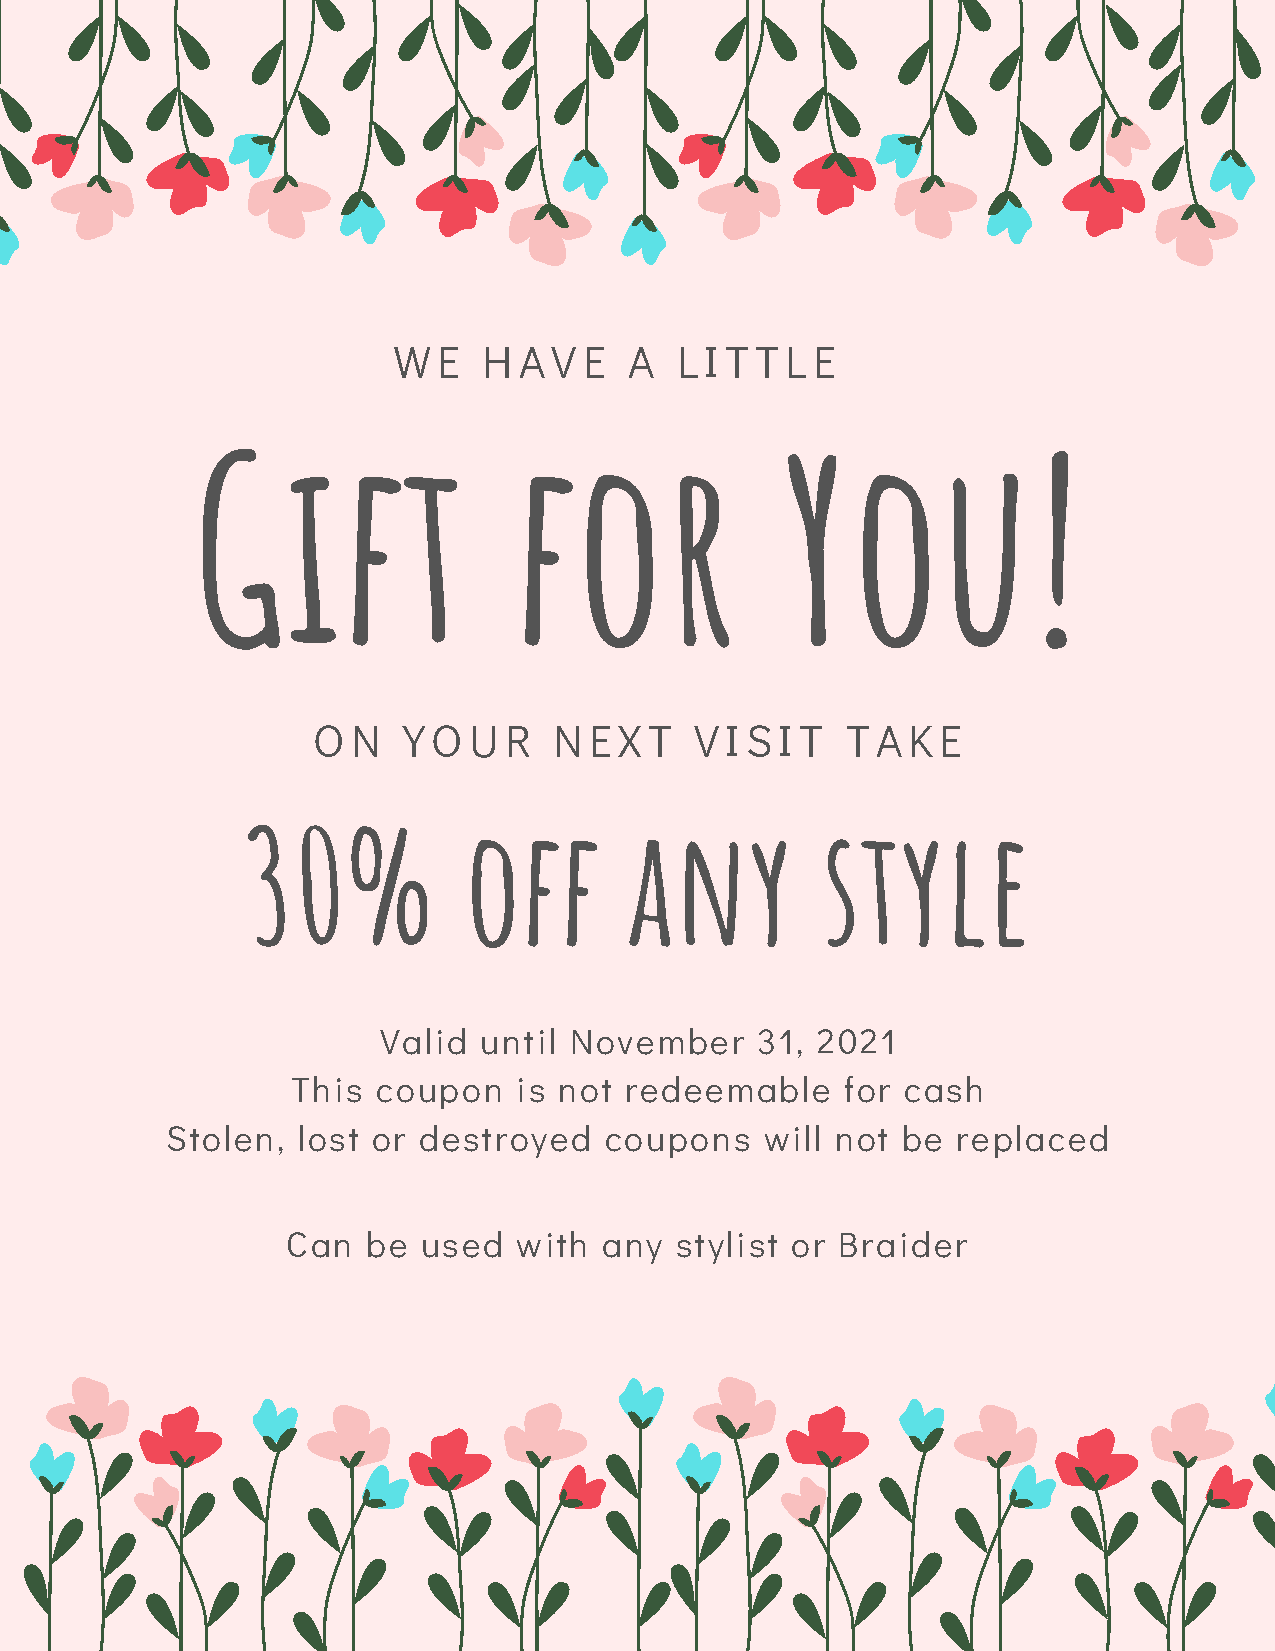
WE    HAVE      A  LITTLE
 Gift                 for               You!
 ON    YOUR      NEXT     VISIT     TAKE
 30%            off        any         style
 Valid  until November    31, 2021
 This  coupon   is not redeemable     for cash
 Stolen,  lost or destroyed   coupons    will not be replaced
 Can  be  used  with  any  stylist or Braider